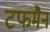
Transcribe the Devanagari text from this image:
टफमैन